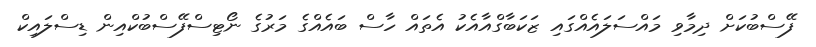
ފޭސްބުކަށް ދިމާވި މައްސަލައެއްގައި ޒަކަބާގްއާއެކު އެތައް ހާސް ބައެއްގެ މަރުގެ ނޯޓިސްފޭސްބުކްއިން ޑިސްލައިކް